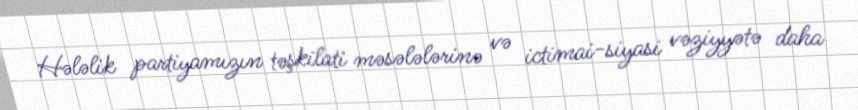
Hələlik partiyamızın təşkilati məsələlərinə və ictimai-siyasi vəziyyətə daha